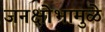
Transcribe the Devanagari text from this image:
जनक्षोभामुळे